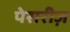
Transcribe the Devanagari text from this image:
पेसरीज़